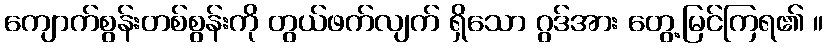
ကျောက်စွန်းတစ်စွန်းကို တွယ်ဖက်လျက် ရှိသော ဂွဒ်အား တွေ့မြင်ကြရ၏ ။